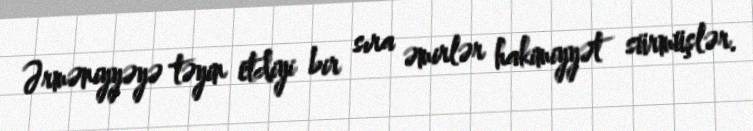
Ərməniyyəyə təyin etdiyi bir sıra əmirlər hakimiyyət sürmüşlər.